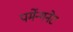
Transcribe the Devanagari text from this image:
पर्मेन्गनेट